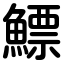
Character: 鰾